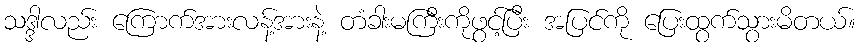
သဒ္ဒါလည်း ကြောက်အားလန့်အားနဲ့ တံခါးမကြီးကိုဖွင့်ပြီး အပြင်ကို ပြေးထွက်သွားမိတယ်။